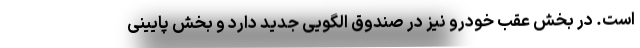
است. در بخش عقب خودرو نیز درِ صندوق الگویی جدید دارد و بخش پایینی